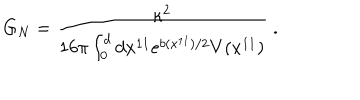
LaTeX: G _ { N } = \frac { \kappa ^ { 2 } } { 1 6 \pi \int _ { 0 } ^ { d } d x ^ { 1 1 } e ^ { b ( x ^ { 1 1 } ) / 2 } V ( x ^ { 1 1 } ) } \; .